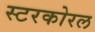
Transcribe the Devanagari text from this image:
स्टरकोरल